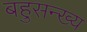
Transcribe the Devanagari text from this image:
बहुसन्ख्य